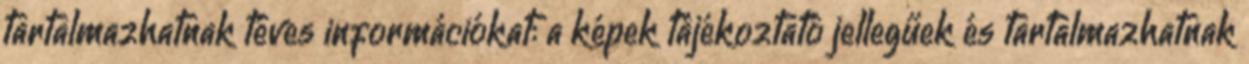
tartalmazhatnak téves információkat: a képek tájékoztató jellegűek és tartalmazhatnak